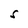
Character: S